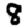
Digit: 8